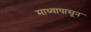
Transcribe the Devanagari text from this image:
माध्यापासून